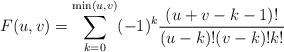
LaTeX: \begin{align*}F(u,v)=\sum_{k=0}^{\mathrm{min}(u,v)}(-1)^k\frac{(u+v-k-1)!}{(u-k)!(v-k)!k!}\end{align*}